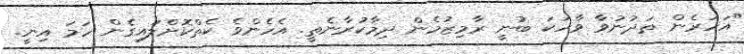
"އަހަރެން ތަދުނުވާ ވާހަކަ ބުނީ ރާމިޒުމެން ދިމާކުރާނެތީ. އެހެންވެ ކެތްކޮށްލައިގެން ހަމަ އިނީ.